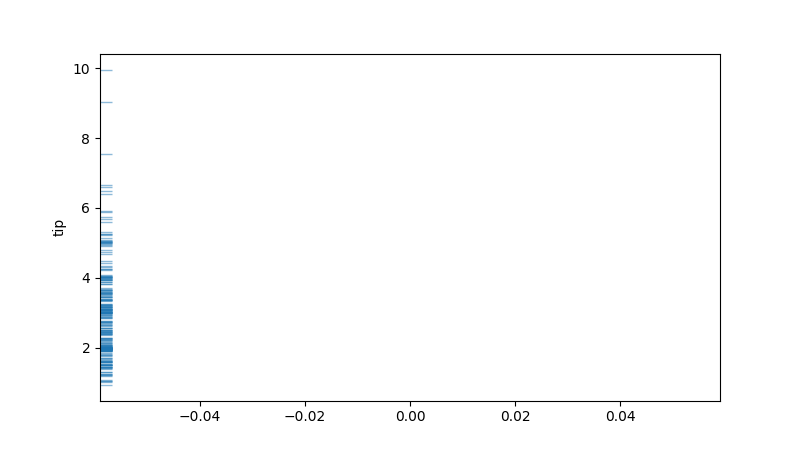
python, seaborn, rugplot, height=0.02, axis='y', alpha=0.5